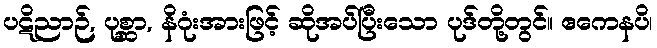
ပဋိညာဉ်, ပုစ္ဆာ, နိဂုံးအားဖြင့် ဆိုအပ်ပြီးသော ပုဒ်တို့တွင်။ ဧကေနပိ၊